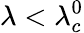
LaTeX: \lambda<\lambda_{c}^{0}